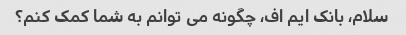
سلام، بانک ایم اف، چگونه می توانم به شما کمک کنم؟